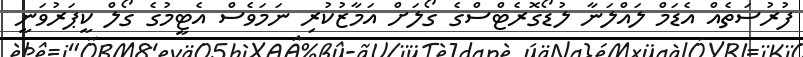
ފުރުސަތެއް އެޑަމް ލައްލަނާ ލުޑޯގޮރެޓްސްގެ ގޯލަށް އަމާޒުކުރި ނަމަވެސް އެޓީމުގެ ގޯލް ކީޕަރުވަނީ